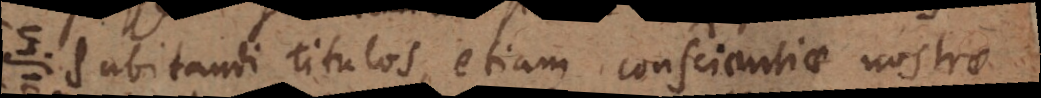
dubitandi titulos, etiam conscientiae nostrae